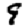
Digit: 9